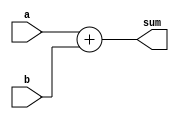
/*
  Should inputs be signed?
*/

module adder(a, b, sum);
 
  input  [31:0] a;     // a input
	input [31:0] b;     // b input
	output [31:0] sum;   // sum output
  reg [31:0] result;
	
  always @ (*) 
  begin
    result = a + b;
  end

  assign sum = result;

endmodule // add32

/*
module adder_tb;

  reg [31:0] a_tb;
  reg [31:0] b_tb;
  wire [31:0] sum_tb;

  initial 
  begin
    $display("Adder Testbench");
    a_tb = 32'hFFFFFFFF;
    b_tb = 32'h0007;
    
    #100
    $display("Add: %h + %h = %h", a_tb, b_tb, sum_tb);
    
    $finish;
  end

  adder adder_tb(a_tb, b_tb, sum_tb);

endmodule
*/